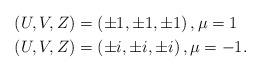
LaTeX: \begin{align*}\left( U,V,Z\right) & =\left( \pm1,\pm1,\pm1\right) ,\mu=1\\\left( U,V,Z\right) & =\left( \pm i,\pm i,\pm i\right) ,\mu=-1.\end{align*}